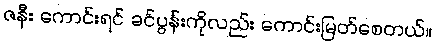
ဇနီး ကောင်းရင် ခင်ပွန်းကိုလည်း ကောင်းမြတ်စေတယ်။